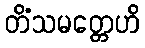
တိံသမတ္တေဟိ